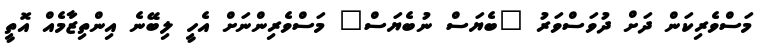
މަސްވެރިކަން ދަށް ދުވަސްވަރު "ބެޔަސް ނުބެޔަސް" މަސްވެރިންނަށް އެހީ ލިބޭނެ އިންތިޒާމެއް އޮތީ